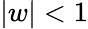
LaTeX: |w|<1